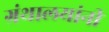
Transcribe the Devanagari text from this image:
ग्रंथालयांनी